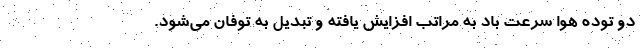
دو توده هوا سرعت باد به مراتب افزایش یافته و تبدیل به توفان می‌شود.